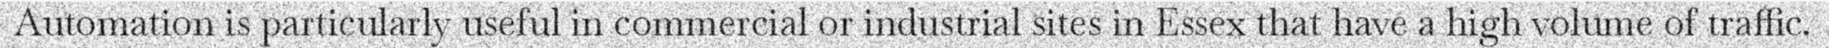
Automation is particularly useful in commercial or industrial sites in Essex that have a high volume of traffic.